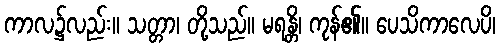
ကာလ၌လည်း။ သတ္တာ၊ တို့သည်။ မရန္တိ၊ ကုန်၏။ ပေသိကာလေပိ၊